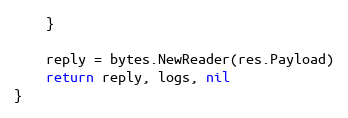
Language: Go
	}

	reply = bytes.NewReader(res.Payload)
	return reply, logs, nil
}